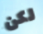
لكن